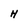
Character: H